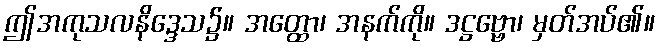
ဤအကုသလနိဒ္ဒေသ၌။ အတ္ထော၊ အနက်ကို။ ဒဋ္ဌဗ္ဗော၊ မှတ်အပ်၏။